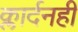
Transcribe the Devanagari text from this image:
क्लार्दनही